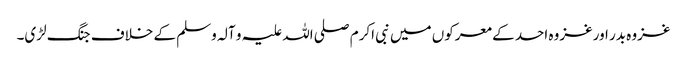
غزوہ بدر اورغزوہ احد کے معرکوں میں نبی اکرم صلی اللہ علیہ و آلہ وسلم کے خلاف جنگ لڑی۔